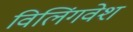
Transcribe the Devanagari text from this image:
विलिंगवेश